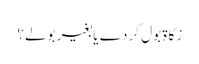
زکاۃ بول کر دے یا بغیر بولے؟